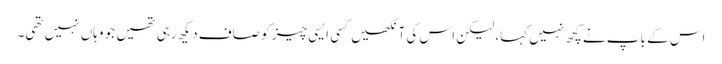
اس کے باپ نے کچھ نہیں کہا، لیکن اس کی آنکھیں کسی ایسی چیز کو صاف دیکھ رہی تھیں جو وہاں نہیں تھی۔